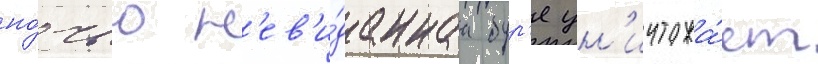
но́чью н'ев'и́даннаа бур'я ун'ичтожа́ет